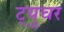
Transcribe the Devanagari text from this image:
ट्युचर